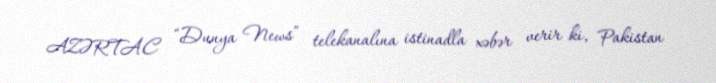
AZƏRTAC “Dunya News” telekanalına istinadla xəbər verir ki, Pakistan